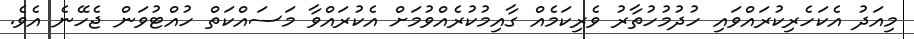
މިއަދު އެކަހެރިކުރައްވައި ހުދުމުހުތާރު ވެރިކަމެއް ގާއިމުކުރެއްވުމަށް އެކުރައްވާ މަސައްކަތް ހުއްޓުވަން ޖެހޭނެ އެވެ.